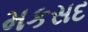
મકસદ